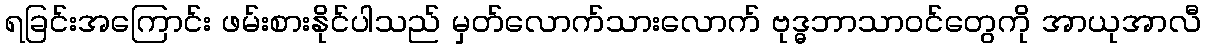
ရခြင်းအကြောင်း ဖမ်းစားနိုင်ပါသည် မှတ်လောက်သားလောက် ဗုဒ္ဓဘာသာဝင်တွေကို အာယုအာလီ